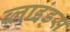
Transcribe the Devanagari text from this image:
ब्लाइंड्स